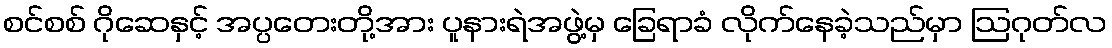
စင်စစ် ဂိုဆေနှင့် အပ္ပတေးတို့အား ပူနားရဲအဖွဲ့မှ ခြေရာခံ လိုက်နေခဲ့သည်မှာ ဩဂုတ်လ